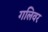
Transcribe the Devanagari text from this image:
गलिवर